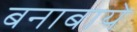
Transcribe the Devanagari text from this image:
बनाबाये